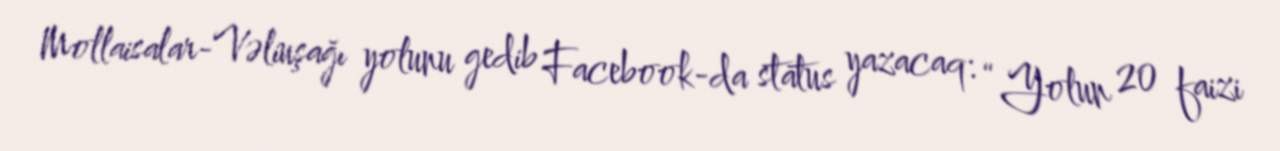
Mollaisalar-Vəliuşağı yolunu gedib Facebook-da status yazacaq: “Yolun 20 faizi